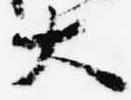
大